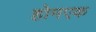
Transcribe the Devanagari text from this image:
होमएक